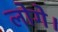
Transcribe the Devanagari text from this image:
लोगे।